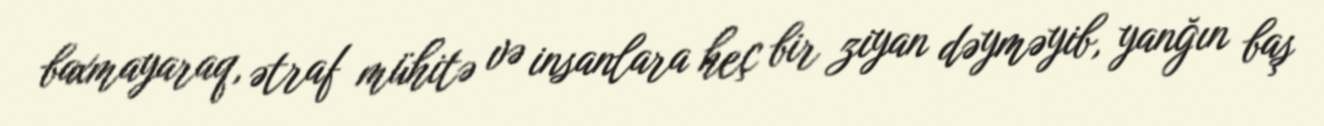
baxmayaraq, ətraf mühitə və insanlara heç bir ziyan dəyməyib, yanğın baş